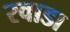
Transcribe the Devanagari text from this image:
रवाडा